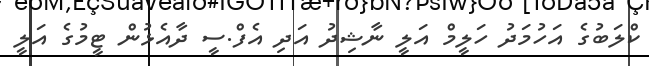
ކްލަބުގެ އަހުމަދު ހަލީމް އަލީ ނާޝިދު އަދި އެފް.ސީ ދާއެޅުން ޓީމުގެ އަލީ